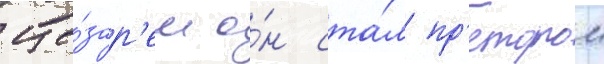
це́зар'ем о́н ста́л пр'етором